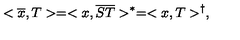
< \overline { { x } } , T > = < x , \overline { { S T } } > ^ { * } = < x , T > ^ { \dagger } ,